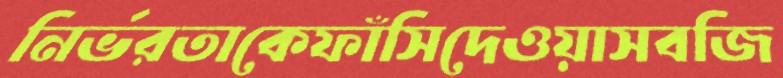
নির্ভরতাকেফাঁসিদেওয়াসবজি